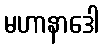
မဟာနာဒေါ